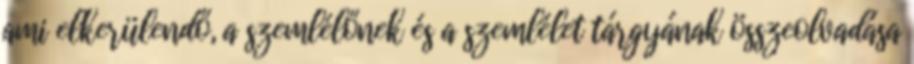
ami elkerülendő, a szemlélőnek és a szemlélet tárgyának összeolvadása